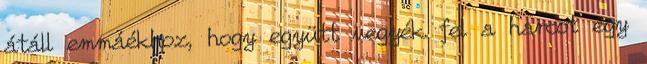
átáll emmáékhoz, hogy együtt vegyék fel a harcot egy